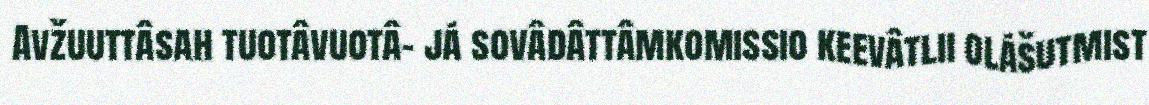
Avžuuttâsah tuotâvuotâ- já sovâdâttâmkomissio keevâtlii olášutmist